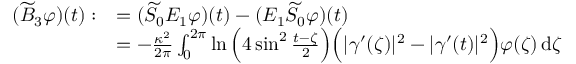
\begin{array} { r l } { ( \widetilde { B } _ { 3 } \varphi ) ( t ) : } & { = ( \widetilde { S } _ { 0 } E _ { 1 } \varphi ) ( t ) - ( E _ { 1 } \widetilde { S } _ { 0 } \varphi ) ( t ) } \\ & { = - \frac { \kappa ^ { 2 } } { 2 \pi } \int _ { 0 } ^ { 2 \pi } \ln \Big ( 4 \sin ^ { 2 } \frac { t - \zeta } { 2 } \Big ) \Big ( | \gamma ^ { \prime } ( \zeta ) | ^ { 2 } - | \gamma ^ { \prime } ( t ) | ^ { 2 } \Big ) \varphi ( \zeta ) \, \mathrm { d } \zeta } \end{array}